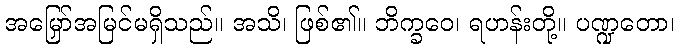
အမြှော်အမြင်မရှိသည်။ အသိ၊ ဖြစ်၏။ ဘိက္ခဝေ၊ ရဟန်းတို့။ ပဏ္ဍတော၊